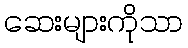
ဆေးများကိုသာ